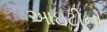
આઇટીના